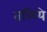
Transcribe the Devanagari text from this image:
तळिये